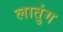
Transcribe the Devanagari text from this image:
लातुंग